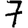
Digit: 7